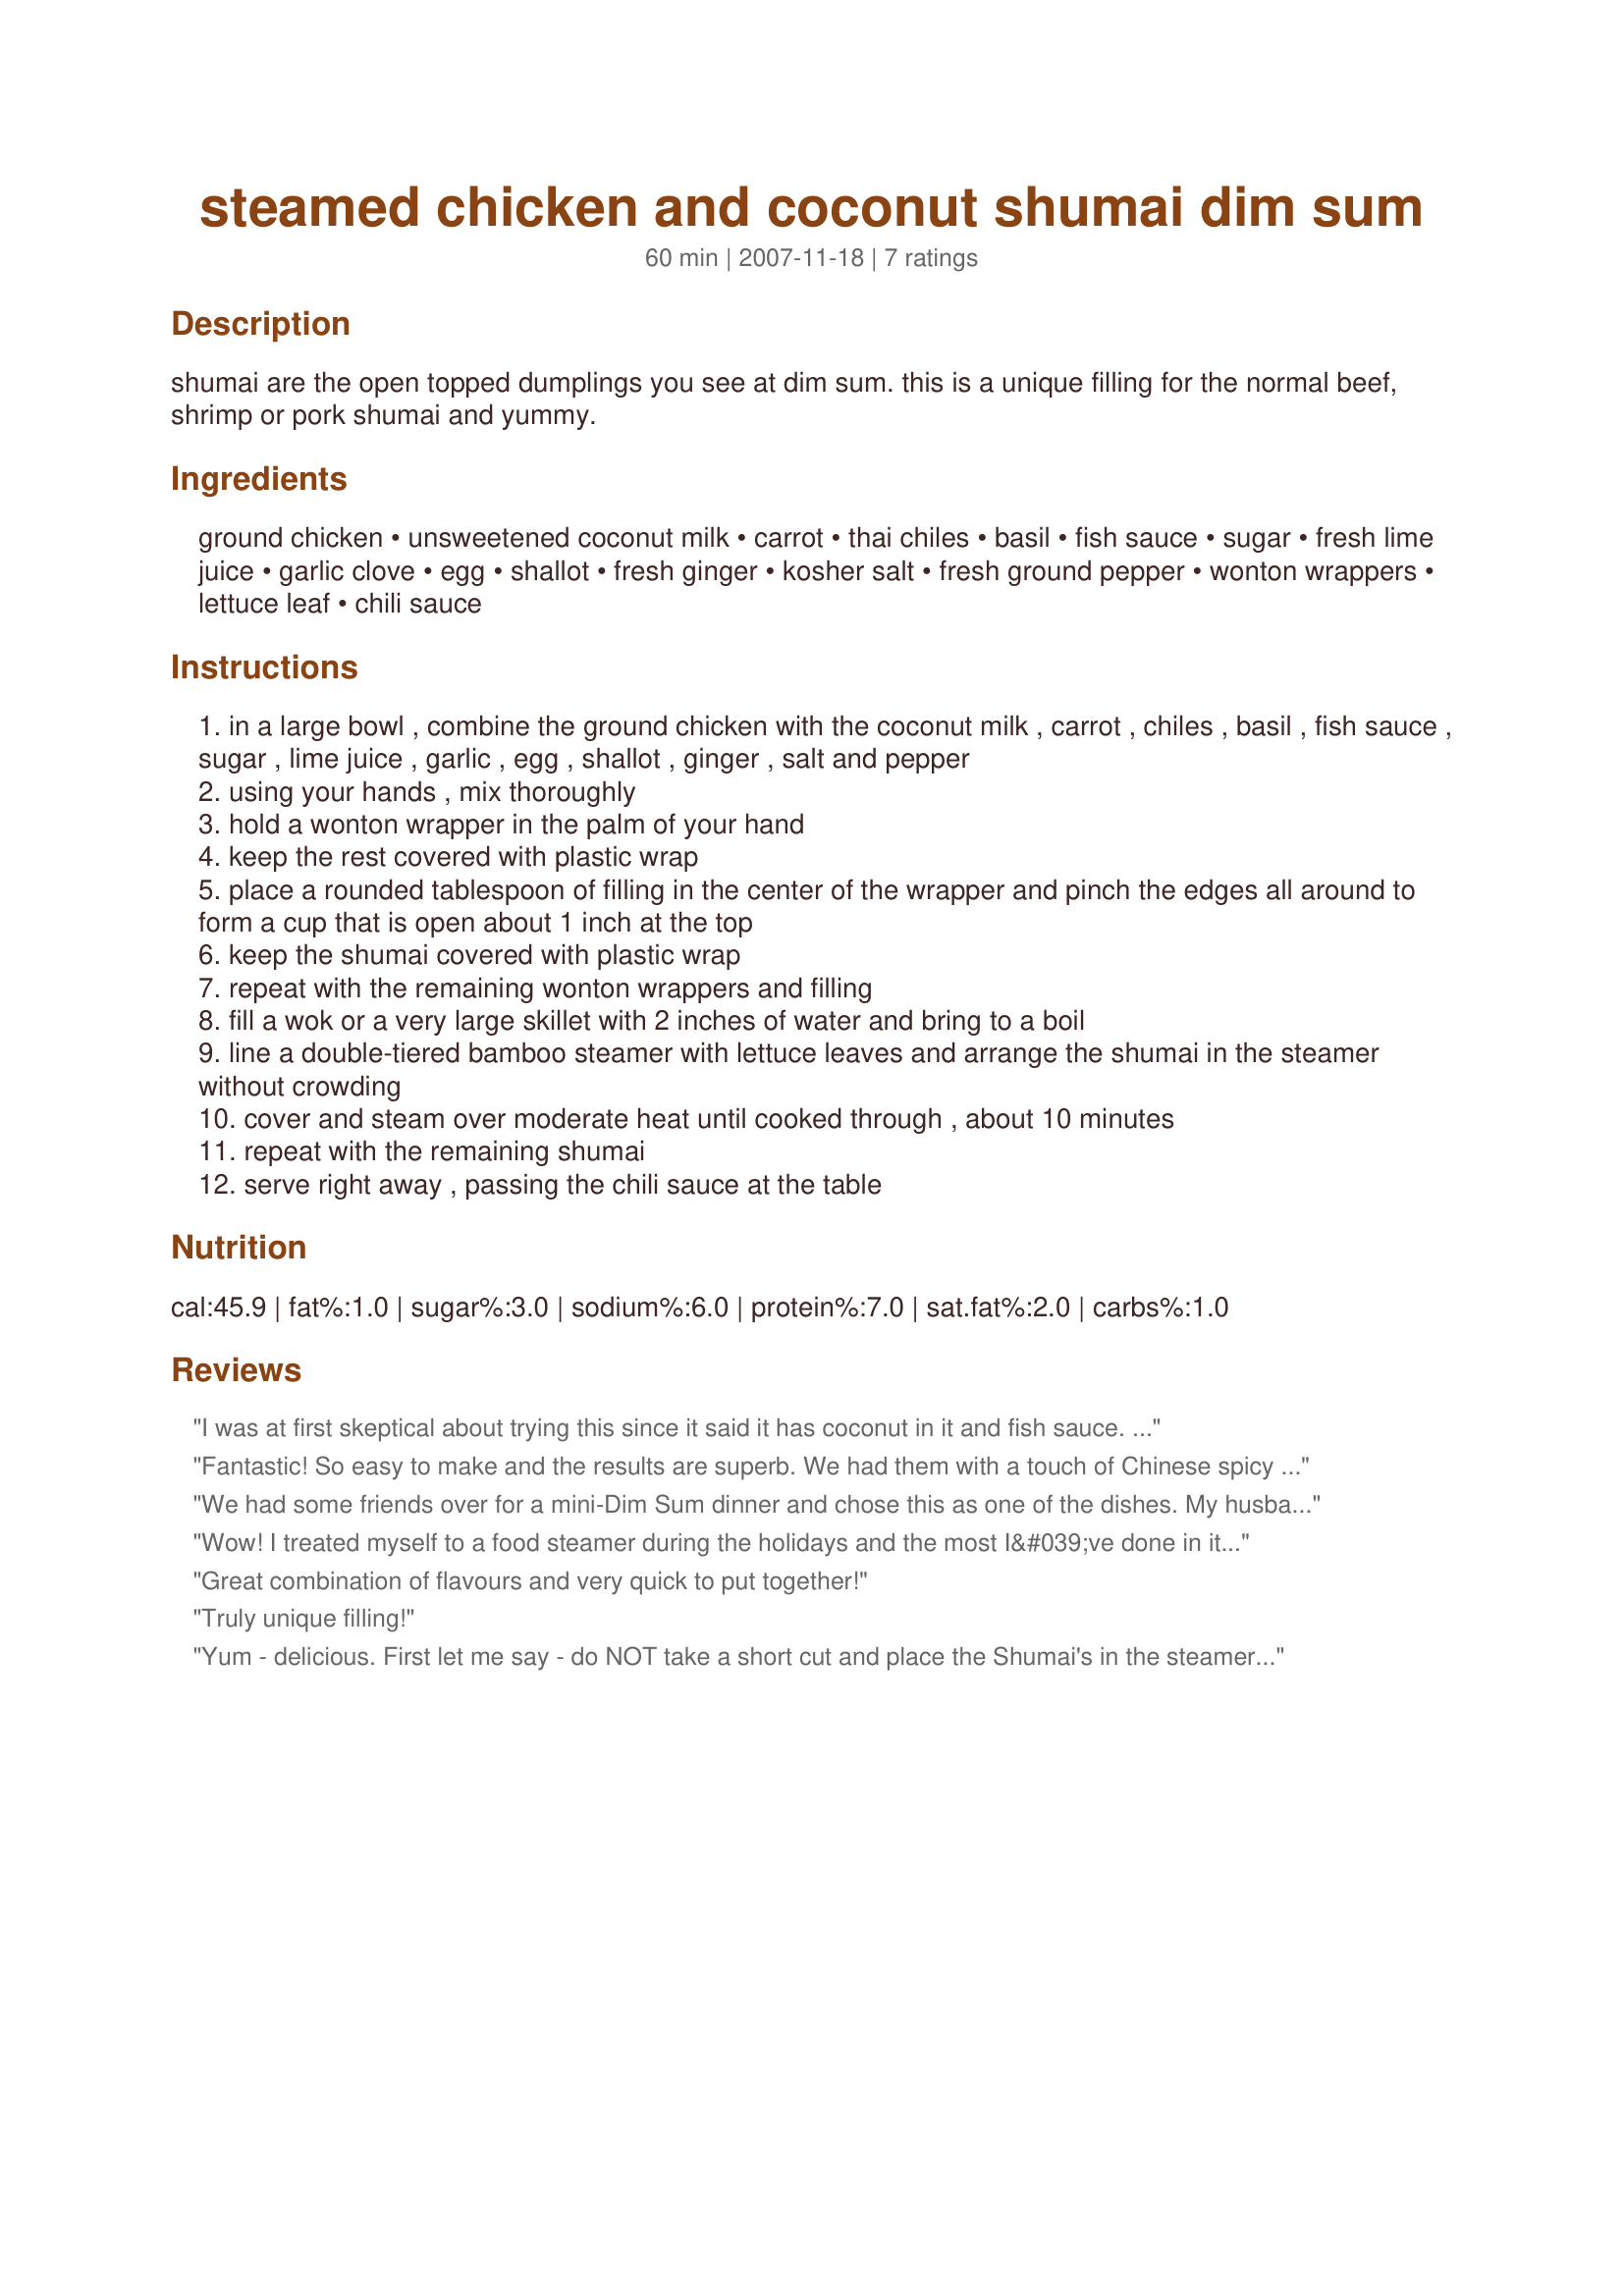
steamed chicken and coconut shumai dim sum
Preparation time: 60 minutes

shumai are the open topped dumplings you see at dim sum. this is a unique filling for the normal beef, shrimp or pork shumai and yummy.

Ingredients:
ground chicken, unsweetened coconut milk, carrot, thai chiles, basil, fish sauce, sugar, fresh lime juice, garlic clove, egg, shallot, fresh ginger, kosher salt, fresh ground pepper, wonton wrappers, lettuce leaf, chili sauce

Steps:
in a large bowl , combine the ground chicken with the coconut milk , carrot , chiles , basil , fish sauce , sugar , lime juice , garlic , egg , shallot , ginger , salt and pepper
using your hands , mix thoroughly
hold a wonton wrapper in the palm of your hand
keep the rest covered with plastic wrap
place a rounded tablespoon of filling in the center of the wrapper and pinch the edges all around to form a cup that is open about 1 inch at the top
keep the shumai covered with plastic wrap
repeat with the remaining wonton wrappers and filling
fill a wok or a very large skillet with 2 inches of water and bring to a boil
line a double-tiered bamboo steamer with lettuce leaves and arrange the shumai in the steamer without crowding
cover and steam over moderate heat until cooked through , about 10 minutes
repeat with the remaining shumai
serve right away , passing the chili sauce at the table

Reviews:
I was at first skeptical about trying this since it said it has coconut in it and fish sauce. But I'm glad I tried it. The flavors incorporated in here just jived and I could hardly taste the coconut either and neither was it too salty. Used these Recipe #77354, sugar substitute and had it with soy sauce w/ lemon. Very delicious! MMMMmmm. Thank you once again for a delicious recipe, MarraMamba!
Fantastic!
So easy to make and the results are superb.
We had them with a touch of Chinese spicy mustard on top.
Keeper, keeper, keeper.
Thank you MarraMamba!
We had some friends over for a mini-Dim Sum dinner and chose this as one of the dishes. My husband wasn't too thrilled with the idea of coconut milk but I went ahead and made them. BOY WERE WE GLAD. These were EXCELLENT and the first to go. I ended up making them with Thai ginger because I couldn't find the regular. Next time we'll be trying with regular.
Wow! I treated myself to a food steamer during the holidays and the most I&#039;ve done in it is tilapia and vegetables. This was my first attempt at anything like this. Since I do very little measuring, only I am to blame for what may or may not turn out well. My patience sometimes fails me and any opportunity to use my Ninja........well, it saves the day. It reduced the chopped carrot to a fine, fine mince along with the ginger and shallot. The rest I incorporated by hand. Sans thai chili and fresh basil, I threw in a generous couple of pinches of dried basil to impart that particular flavor. The coconut milk REALLY does the job. The filling was perfect. Also when the author states to not crowd them in the steamer, they **mean** it. Otherwise you&#039;ll end up with a tasty quilt of dumplings ;o) Since I have an aversion to too much heat, I decided to forego the hot sauce and instead drizzled the dumplings with the leftover coconut milk. Make these.............you will not be disappointed!
Great combination of flavours and very quick to put together!
Truly unique filling!
Yum - delicious. First let me say - do NOT take a short cut and place the Shumai's in the steamer without lettuce leaves. They stick to the bottom and you will need to scrape them out. So - next time I will certainly not omit that step! The flavour was great, the coconut really makes the dish. I will be making these again - that's for sure. Made for Went to the Market tag
